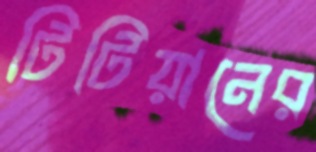
টিটিয়ানের